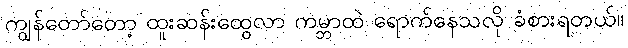
ကျွန်တော်တော့ ထူးဆန်းထွေလာ ကမ္ဘာထဲ ရောက်နေသလို ခံစားရတယ်။